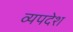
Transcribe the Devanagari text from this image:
व्यपदेश